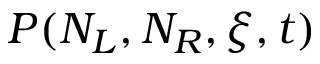
P ( N _ { L } , N _ { R } , \xi , t )